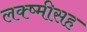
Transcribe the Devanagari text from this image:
लक्ष्मीसह